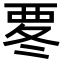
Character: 𮗀